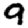
Digit: 9